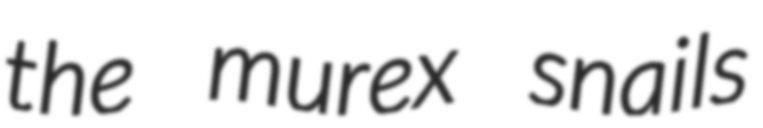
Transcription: the murex snails